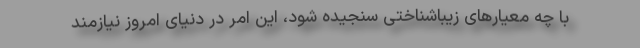
با چه معیارهای زیباشناختی سنجیده شود، این امر در دنیای امروز نیازمند